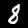
Digit: 8